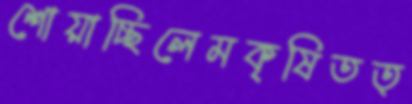
শোয়াচ্ছিলেমকৃষিতত্